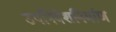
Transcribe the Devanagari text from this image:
उपनिवेशनिर्माण